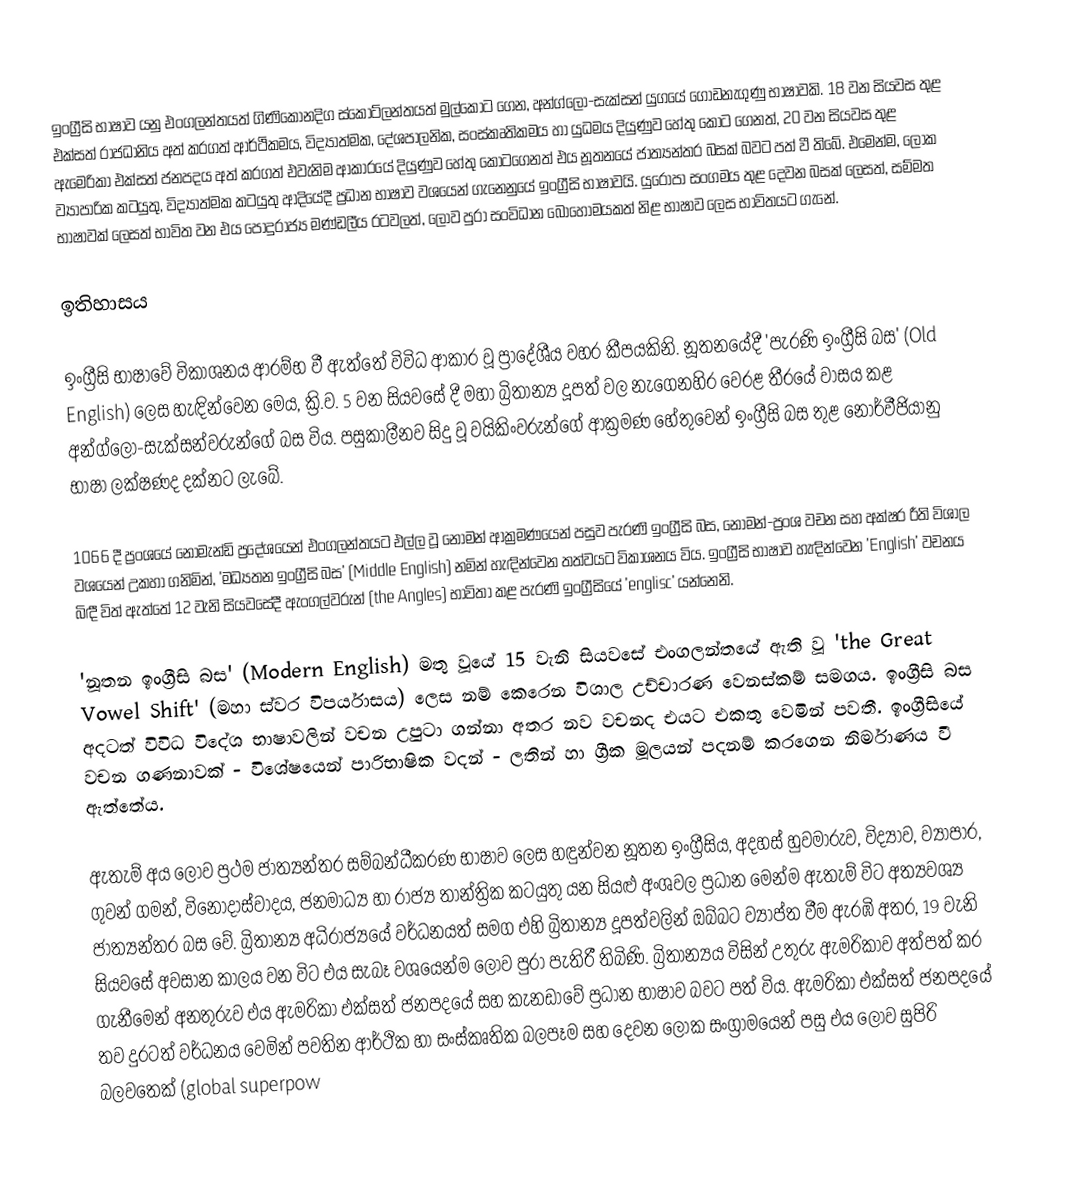
ඉංග්‍රීසි භාෂාව යනු එංගලන්තයත් ගිණිකොනදිග ස්කොට්ලන්තයත් මුල්කොට ගෙන, අන්ග්ලෝ-සැක්සන් යුගයේ ගොඩනැගුණු භාෂාවකි. 18 වන සියවස තුළ එක්සත් රාජධානිය අත් කරගත් ආර්ථිකමය, විද්‍යාත්මක, දේශපාලනික, සංස්කෘතිකමය හා යුධමය දියුණුව හේතු කොට ගෙනත්, 20 වන සියවස තුළ ඇමෙරිකා එක්සත් ජනපදය අත් කරගත් එවැනිම ආකාරයේ දියුණුව හේතු කොටගෙනත් එය නූතනයේ ජාත්‍යන්තර බසක් බවට පත් වී තිබේ. එමෙන්ම, ලෝක ව්‍යාපාරික කටයුතු, විද්‍යාත්මක කටයුතු ආදියේදී ප්‍රධාන භාෂාව වශයෙන් ගැනෙනුයේ ඉංග්‍රීසි භාෂාවයි. යුරෝපා සංගමය තුළ දෙවන බසක් ලෙසත්, සම්මත භාෂාවක් ලෙසත් භාවිත වන එය පොදුරාජ්‍ය මණ්ඩලීය රටවලත්, ලොව පුරා සංවිධාන බොහොමයකත් නිළ භාෂාව ලෙස භාවිතයට ගැනේ.

ඉතිහාසය

ඉංග්‍රීසි භාෂාවේ විකාශනය ආරම්භ වී ඇත්තේ විවිධ ආකාර වූ ප්‍රාදේශීය වහර කීපයකිනි. නූතනයේදී 'පැරණි ඉංග්‍රීසි බස' (Old English) ලෙස හැඳින්වෙන මෙය, ක්‍රි.ව. 5 වන සියවසේ දී මහා බ්‍රිතාන්‍ය දූපත් වල නැගෙනහිර වෙරළ තීරයේ වාසය කළ අන්ග්ලෝ-සැක්සන්වරුන්ගේ බස විය. පසුකාලීනව සිදු වූ වයිකිංවරුන්ගේ ආක්‍රමණ හේතුවෙන් ඉංග්‍රීසි බස තුළ නෝර්වීජියානු භාෂා ලක්ෂණද දක්නට ලැබේ.

1066 දී ප්‍රංශයේ නෝමැන්ඩි ප්‍රදේශයෙන් එංගලන්තයට එල්ල වූ නෝමන් ආක්‍රමණයෙන් පසුව පැරණි ඉංග්‍රීසි බස, නෝමන්-ප්‍රංශ වචන සහ අක්ෂර රීති විශාල වශයෙන් උකහා ගනිමින්, 'මධ්‍යතන ඉංග්‍රීසි බස' (Middle English) නමින් හැඳින්වෙන තත්වයට විකාශනය විය. ඉංග්‍රීසි භාෂාව හැඳින්වෙන 'English' වචනය බිඳී විත් ඇත්තේ 12 වැනි සියවසේදී ඇංගල්වරුන් (the Angles) භාවිතා කළ පැරණි ඉංග්‍රීසියේ 'englisc' යන්නෙනි.

'නූතන ඉංග්‍රීසි බස' (Modern English) මතු වූයේ 15 වැනි සියවසේ එංගලන්තයේ ඇති වූ 'the Great Vowel Shift' (මහා ස්වර විපර්යාසය) ලෙස නම් කෙරෙන විශාල උච්චාරණ වෙනස්කම් සමගය. ඉංග්‍රීසි බස අදටත් විවිධ විදේශ භාෂාවලින් වචන උපුටා ගන්නා අතර නව වචනද එයට එකතු වෙමින් පවතී. ඉංග්‍රීසියේ වචන ගණනාවක් - විශේෂයෙන් පාරිභාෂික වදන් - ලතින් හා ග්‍රීක මූලයන් පදනම් කරගෙන නිර්මාණය වී ඇත්තේය.

ඇතැම් අය ලොව ප්‍රථම ජාත්‍යන්තර සම්බන්ධීකරණ භාෂාව ලෙස හඳුන්වන නූතන ඉංග්‍රීසිය, අදහස් හුවමාරුව, විද්‍යාව, ව්‍යාපාර, ගුවන් ගමන්, විනෝදාස්වාදය, ජනමාධ්‍ය හා රාජ්‍ය තාන්ත්‍රික කටයුතු යන සියළු අංශවල ප්‍රධාන මෙන්ම ඇතැම් විට අත්‍යවශ්‍ය ජාත්‍යන්තර බස වේ. බ්‍රිතාන්‍ය අධිරාජ්‍යයේ වර්ධනයත් සමග එහි බ්‍රිතාන්‍ය දූපත්වලින් ඔබ්බට ව්‍යාප්ත වීම ඇරඹි අතර, 19 වැනි සියවසේ අවසාන කාලය වන විට එය සැබෑ වශයෙන්ම ලොව පුරා පැතිරී තිබිණි. බ්‍රිතාන්‍යය විසින් උතුරු ඇමරිකාව අත්පත් කර ගැනීමෙන් අනතුරුව එය ඇමරිකා එක්සත් ජනපදයේ සහ කැනඩාවේ ප්‍රධාන භාෂාව බවට පත් විය. ඇමරිකා එක්සත් ජනපදයේ තව දුරටත් වර්ධනය වෙමින් පවතින ආර්ථික හා සංස්කෘතික බලපෑම සහ දෙවන ලෝක සංග්‍රාමයෙන් පසු එය ලොව සුපිරි බලවතෙක් (global superpow